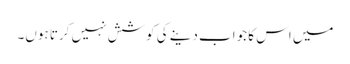
میں اس کا جواب دینے کی کوشش نہیں کرتا ہوں۔